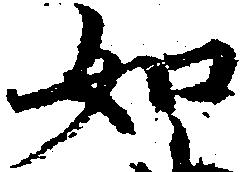
如